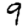
Digit: 9